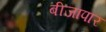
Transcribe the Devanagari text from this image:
बीजापार